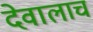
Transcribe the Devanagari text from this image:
देवालाच